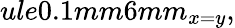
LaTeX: ule{0.1mm}{6mm}_{x=y},